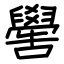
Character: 嚳